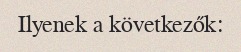
Ilyenek a következők: